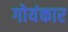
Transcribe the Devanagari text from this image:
गोयंकार